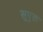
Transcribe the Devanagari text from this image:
सूयुक्त